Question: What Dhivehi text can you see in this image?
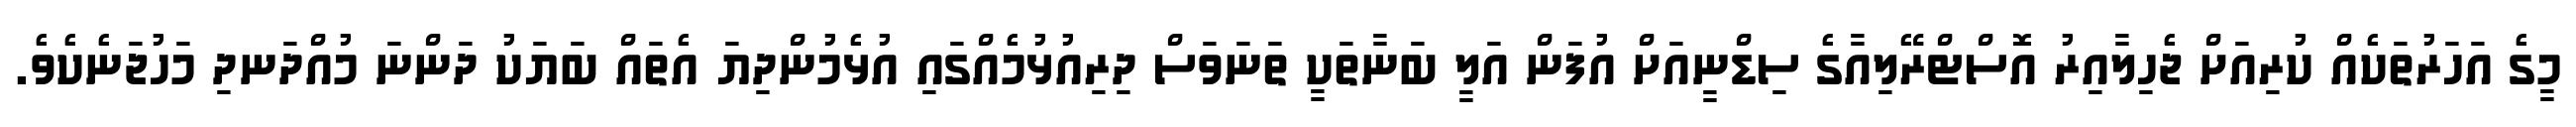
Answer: މީގެ އަހަރުތަކެއް ކުރިއަށް ޖެހިލާއިރު އޮސްޓްރޭލިއާގެ ސިޑްނީއަށް އުފަން އަލީ ބަނާތަކީ ތަނަވަސް ދިރިއުޅުމެއްގައި އުޅެމުންދިޔަ އެތައް ބަޔަކު ދަންނަ މުއްދަނދި މަހުޖަނެކެވެ.